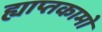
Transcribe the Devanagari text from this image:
ह्याप्तकामो